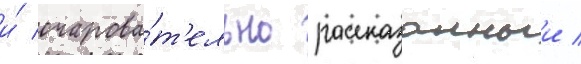
и́ очарова́т'ельно рассказанныи /